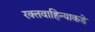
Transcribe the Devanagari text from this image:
रक्तवाहिन्याकडे